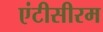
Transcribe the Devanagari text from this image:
एंटीसीरम